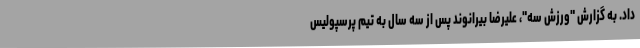
داد. به گزارش "ورزش سه"، علیرضا بیرانوند پس از سه سال به تیم پرسپولیس